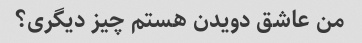
من عاشق دویدن هستم چیز دیگری؟